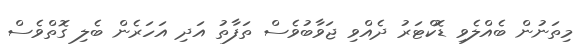
މިތަނުން ބެއްލެވި ޑޮކްޓަރު ދެއްވި ޖަވާބުވެސް ތަފާތު އަދި އަހަރެން ބެލި ގޮތްވެސް